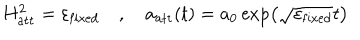
LaTeX: H _ { \mathrm { a t t } } ^ { 2 } = \varepsilon _ { \mathrm { f i x e d } } \quad , \quad a _ { \mathrm { a t t } } ( t ) = a _ { 0 } \exp \left( \sqrt { \varepsilon _ { \mathrm { f i x e d } } } t \right)